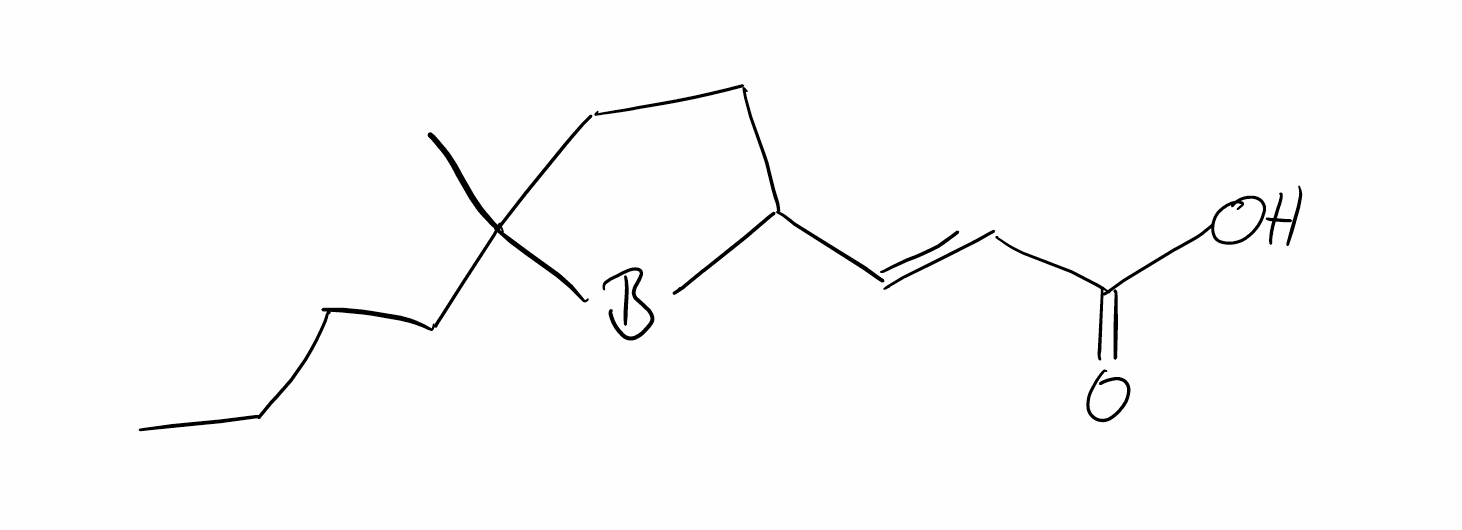
Simplified molecular-input line-entry system (SMILES) notation of the given molecule:
[B]1C(CCC1(C)CCCC)/C=C/C(=O)O